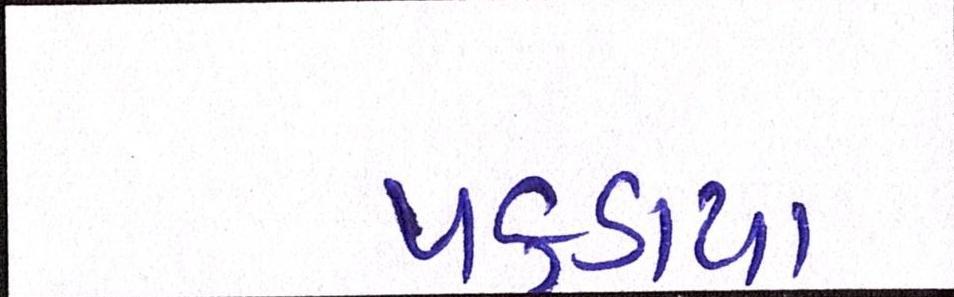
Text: પકડાયા